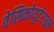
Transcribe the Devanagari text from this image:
वेसिकोयूटेराइन